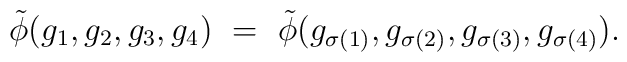
\tilde\phi(g_{1},g_{2},g_{3},g_{4})\ =\ \tilde\phi(g_{\sigma(1)},g_{\sigma(2)}, g_{\sigma(3)},g_{\sigma(4)}).